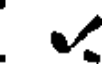
v